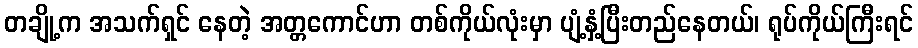
တချို့က အသက်ရှင် နေတဲ့ အတ္တကောင်ဟာ တစ်ကိုယ်လုံးမှာ ပျံ့နှံ့ပြီးတည်နေတယ်၊ ရုပ်ကိုယ်ကြီးရင်